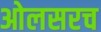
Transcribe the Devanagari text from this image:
ओलसरच